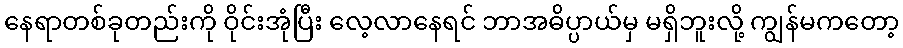
နေရာတစ်ခုတည်းကို ဝိုင်းအုံပြီး လေ့လာနေရင် ဘာအဓိပ္ပာယ်မှ မရှိဘူးလို့ ကျွန်မကတော့